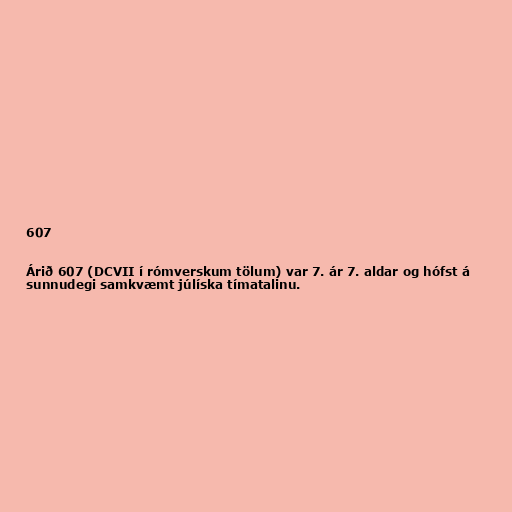
607

Árið 607 (DCVII í rómverskum tölum) var 7. ár 7. aldar og hófst á
sunnudegi samkvæmt júlíska tímatalinu.